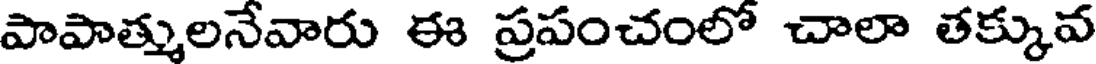
పాపాత్కులనేవారు ఈ ప్రపంచంలో చాలా తక్కువ